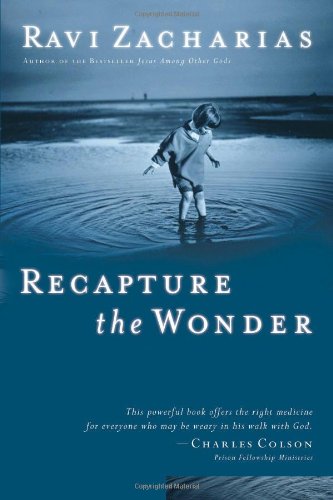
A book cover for Recapture the Wonder; Ravi Zacharias; Christian Books & Bibles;